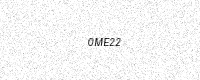
Text: 0ME22